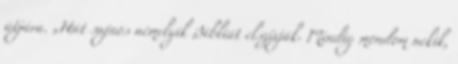
útjára. „Hát sajnos némelyik Bibliát elszívják. Mindig mondom nekik,